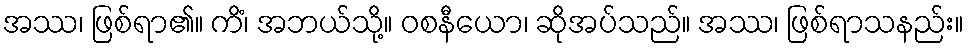
အဿ၊ ဖြစ်ရာ၏။ ကိံ၊ အဘယ်သို့။ ဝစနီယော၊ ဆိုအပ်သည်။ အဿ၊ ဖြစ်ရာသနည်း။